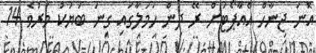
އޮނަ ޖިނާހް އެއާޕޯޓަށް ރޭ ދިން ހަމަލާގައި ގިނަ ބަޔަކު މަރުވެ 14